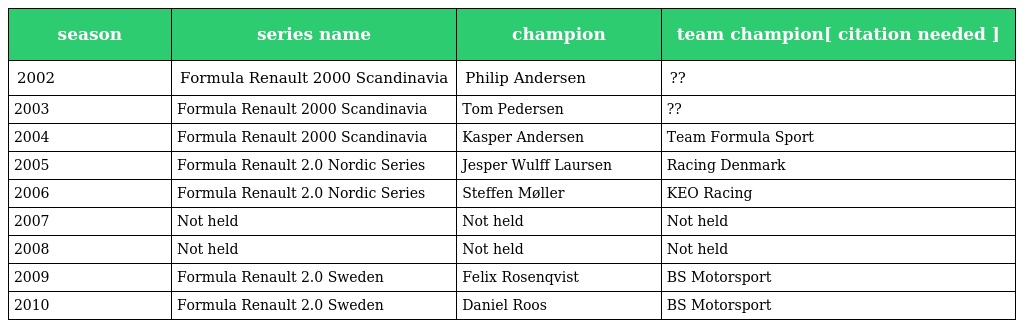
| season | series name | champion | team champion[ citation needed ] |
 | --- | --- | --- | --- |
 | 2002 | Formula Renault 2000 Scandinavia | Philip Andersen | ?? |
 | 2003 | Formula Renault 2000 Scandinavia | Tom Pedersen | ?? |
 | 2004 | Formula Renault 2000 Scandinavia | Kasper Andersen | Team Formula Sport |
 | 2005 | Formula Renault 2.0 Nordic Series | Jesper Wulff Laursen | Racing Denmark |
 | 2006 | Formula Renault 2.0 Nordic Series | Steffen Møller | KEO Racing |
 | 2007 | Not held | Not held | Not held |
 | 2008 | Not held | Not held | Not held |
 | 2009 | Formula Renault 2.0 Sweden | Felix Rosenqvist | BS Motorsport |
 | 2010 | Formula Renault 2.0 Sweden | Daniel Roos | BS Motorsport |